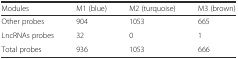
| Modules | M1 (blue) | M2 (turquoise) | M3 (brown) |
 | --- | --- | --- | --- |
 | Other probes | 904 | 1053 | 665 |
 | LncRNAs probes | 32 | 0 | 1 |
 | Total probes | 936 | 1053 | 666 |